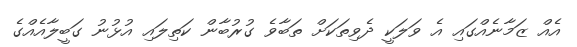
އެއް ޒަމާނެއްގައި އެ ވަލަކީ ދެވިތަކަށް ތަބާވެ ގުރުބާން ކަތިލައި އުޅުނު ގަބީލާއެއްގެ